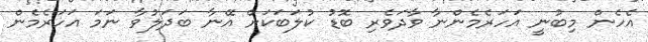
އެހެން މިބުނީ އަހަރެމެންނާ ވާދަވެރި ބޮޑު ކުލަބަކަށް އޭނާ ބަދަލުވާ ނަމަ އަހަރެމެން